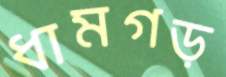
ধামগড়